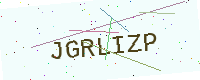
Text: JGRLIZP